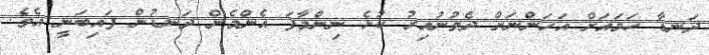
ދަނޑާ ހަމައަށް އަހަންނަށް ދެވުނުއިރު ކުޅެ ނިންމާފަ އެންމެން ދަނޑުން ފައިބަނީ އެވެ.